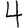
Digit: 4